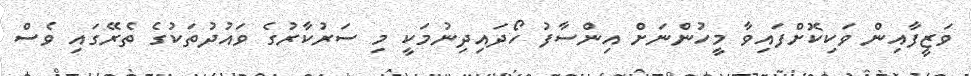
ވަޒީފާއިން ވަކިކޮށްފައިވާ މީހުންނަށް އިންސާފު ހޯދައިދިނުމަކީ މި ސަރުކާރުގެ ވައުދުތަކުގެ ތެރޭގައި ވެސް